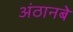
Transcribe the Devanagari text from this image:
अंठानबे